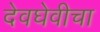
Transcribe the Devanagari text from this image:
देवघेवीचा